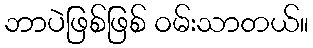
ဘာပဲဖြစ်ဖြစ် ဝမ်းသာတယ်။